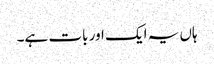
ہاں یہ ایک اور بات ہے۔